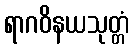
ရာဂဝိနယသုတ္တံ